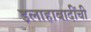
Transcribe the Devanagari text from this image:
इलाहाबादींची